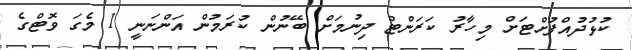
ކުޅުދުއްފުށްޓަށް މިހާރު ކަރަންޓް ދިނުމަށް ބޭނުން ކުރަމުން އަންނަނީ 1 މެގަ ވޮޓްގެ